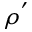
\rho ^ { ' }